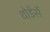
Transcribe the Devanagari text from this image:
थोडेंसें